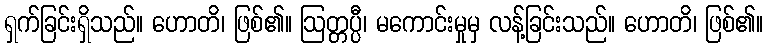
ရှက်ခြင်းရှိသည်။ ဟောတိ၊ ဖြစ်၏။ ဩတ္တပ္ပီ၊ မကောင်းမှုမှ လန့်ခြင်းသည်။ ဟောတိ၊ ဖြစ်၏။